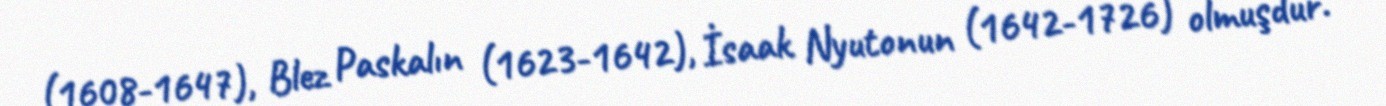
(1608-1647), Blez Paskalın (1623-1642), İsaak Nyutonun (1642-1726) olmuşdur.